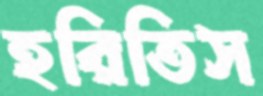
হরিতিস